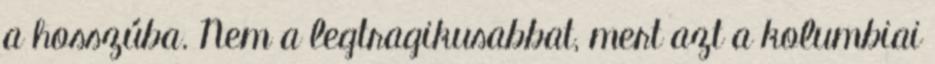
a hosszúba. Nem a legtragikusabbat, mert azt a kolumbiai